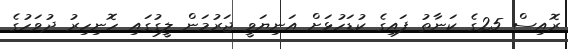
ރޮއިސް 25ގެ ކަނާތު ފައިގެ ކުޑަހުޅަށް އަނިޔަވީ ޖަރުމަން ލީގުގައި ހޮނިހިރު ދުވަހުގެ